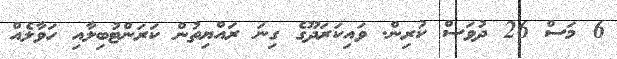
6 މަސް 26 ދުވަސް ކުރިން. ވައިކަރަދޫގެ ގިނަ ރައްޔިތުން ކަރަންޓުބިލާއި ހަވާލެއް